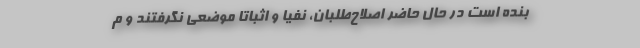
بنده است در حال حاضر اصلاح‌طلبان، نفیا و اثباتا موضعی نگرفتند و م